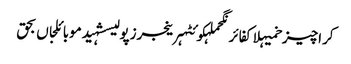
کراچیزخمیہلاکفائرنگحملہکوئٹہرینجرزپولیسشہیدموبائلجاں بحق